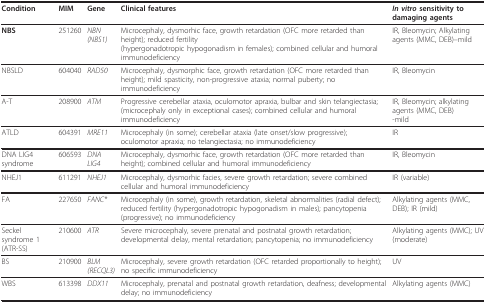
<table><thead><tr><td><b>Condition</b></td><td><b>MIM</b></td><td><b>Gene</b></td><td><b>Clinical features</b></td><td><b><i>In vitro </i>sensitivity to damaging agents</b></td></tr></thead><tbody><tr><td><b>NBS</b></td><td>251260</td><td><i>NBN</i><i>(NBS1)</i></td><td>Microcephaly, dysmorhic face, growth retardation (OFC more retarded than height); reduced fertility(hypergonadotropic hypogonadism in females); combined cellular and humoral immunodeficiency</td><td>IR, Bleomycin; Alkylating agents (MMC, DEB)--mild</td></tr><tr><td>NBSLD</td><td>604040</td><td><i>RAD50</i></td><td>Microcephaly, dysmorphic face, growth retardation (OFC more retarded than height); mild spasticity, non-progressive ataxia; normal puberty; no immunodeficiency</td><td>IR, Bleomycin</td></tr><tr><td>A-T</td><td>208900</td><td><i>ATM</i></td><td>Progressive cerebellar ataxia, oculomotor apraxia, bulbar and skin telangiectasia;(microcephaly only in exceptional cases); combined cellular and humoral immunodeficiency</td><td>IR, Bleomycin; alkylating agents (MMC, DEB)-mild</td></tr><tr><td>ATLD</td><td>604391</td><td><i>MRE11</i></td><td>Microcephaly (in some); cerebellar ataxia (late onset/slow progressive); oculomotor apraxia; no telangiectasia; no immunodeficiency</td><td>IR</td></tr><tr><td>DNA LIG4 syndrome</td><td>606593</td><td><i>DNA LIG4</i></td><td>Microcephaly, dysmorhic face, growth retardation (OFC more retarded than height); combined cellular and humoral immunodeficiency</td><td>IR, Bleomycin</td></tr><tr><td>NHEJ1</td><td>611291</td><td><i>NHEJ1</i></td><td>Microcephaly, dysmorhic facies, severe growth retardation; severe combined cellular and humoral immunodeficiency</td><td>IR (variable)</td></tr><tr><td>FA</td><td>227650</td><td><i>FANC*</i></td><td>Microcephaly (in some), growth retardation, skeletal abnormalities (radial defect); reduced fertility (hypergonadotropic hypogonadism in males); pancytopenia (progressive); no immunodeficiency</td><td>Alkylating agents (MMC, DEB); IR (mild)</td></tr><tr><td>Seckel syndrome 1 (ATR-SS)</td><td>210600</td><td><i>ATR</i></td><td>Severe microcephaly, severe prenatal and postnatal growth retardation; developmental delay, mental retardation; pancytopenia; no immunodeficiency</td><td>Alkylating agents (MMC); UV (moderate)</td></tr><tr><td>BS</td><td>210900</td><td><i>BLM (RECQL3)</i></td><td>Microcephaly, severe growth retardation (OFC retarded proportionally to height); no specific immunodeficiency</td><td>UV</td></tr><tr><td>WBS</td><td>613398</td><td><i>DDX11</i></td><td>Microcephaly, prenatal and postnatal growth retardation, deafness; developmental delay; no immunodeficiency</td><td>Alkylating agents (MMC)</td></tr></tbody></table>